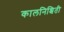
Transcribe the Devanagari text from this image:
कालनिश्चिती